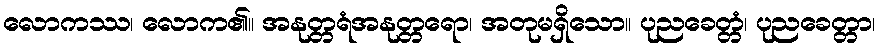
လောကဿ၊ လောက၏။ အနုတ္တရံအနုတ္တရော၊ အတုမရှိသော။ ပုညခေတ္တံ၊ ပုညခေတ္တာ၊